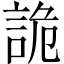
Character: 詭